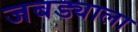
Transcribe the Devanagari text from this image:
जबड्याला